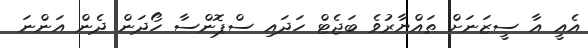
އެއީ އާ ސީޒަނަށް ތައްޔާރުވެ ބަޖެޓް ހަދައި ސްޕޮންސާ ހޯދަން ދެން އަންނަ